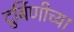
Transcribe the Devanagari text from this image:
दुर्बिणीच्‍या